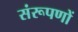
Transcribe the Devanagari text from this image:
संरूपणों